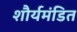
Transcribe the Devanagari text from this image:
शौर्यमंडित